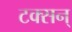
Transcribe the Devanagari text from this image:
टक्सन्